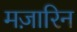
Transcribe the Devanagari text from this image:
मज़ारिन